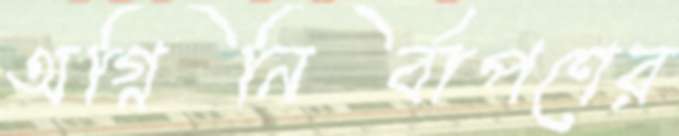
অগ্নিনির্বাপণের